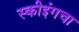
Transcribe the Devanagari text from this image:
स्कीइंगचा